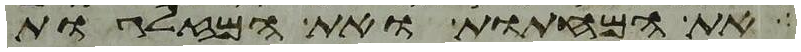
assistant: את המחתות ואת המזלגות